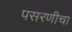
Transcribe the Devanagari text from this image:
पसरणीचा